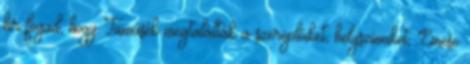
hír fogad, hogy Tamásék megtalálták a szereplőiket, helyszíneiket, Emese